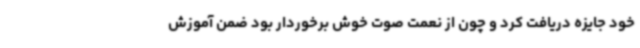
خود جایزه دریافت کرد و چون از نعمت صوت خوش برخوردار بود ضمن آموزش